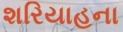
શરિયાહના